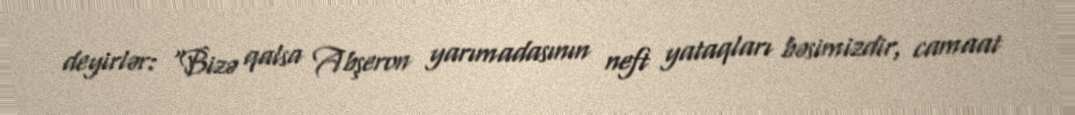
deyirlər: “Bizə qalsa Abşeron yarımadasının neft yataqları bəsimizdir, camaat